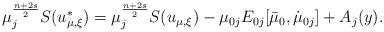
LaTeX: \begin{align*}\mu_j^{\frac{n+2s}{2}}S(u^*_{\mu, \xi}) = \mu_j^{\frac{n+2s}{2}}S(u_{\mu, \xi}) - \mu_{0j}E_{0j}[\bar{\mu}_0, \dot{\mu}_{0j}]+A_j(y).\end{align*}